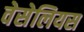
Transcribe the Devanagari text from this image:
वेसेलियस